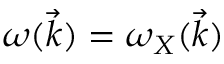
\omega ( \vec { k } ) = \omega _ { X } ( \vec { k } )